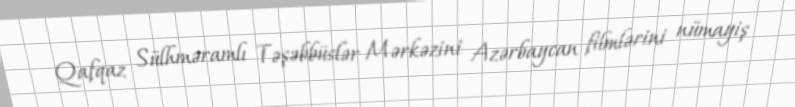
Qafqaz Sülhməramlı Təşəbbüslər Mərkəzini Azərbaycan filmlərini nümayiş